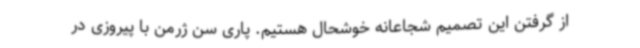
از گرفتن این تصمیم شجاعانه خوشحال هستیم. پاری سن ژرمن با پیروزی در